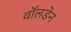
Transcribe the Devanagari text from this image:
वॉलडेन